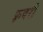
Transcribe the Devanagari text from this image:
फ़्रवरी